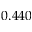
0 . 4 4 0